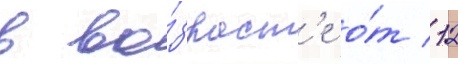
в во́зраст'е о́т 12